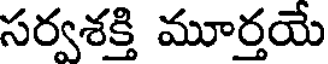
సర్వశక్తి మూర్తయే